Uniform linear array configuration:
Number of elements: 32
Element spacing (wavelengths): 0.25
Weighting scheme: hamming
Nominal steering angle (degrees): -60
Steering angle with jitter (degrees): -58.682
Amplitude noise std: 0.05
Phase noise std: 0.05

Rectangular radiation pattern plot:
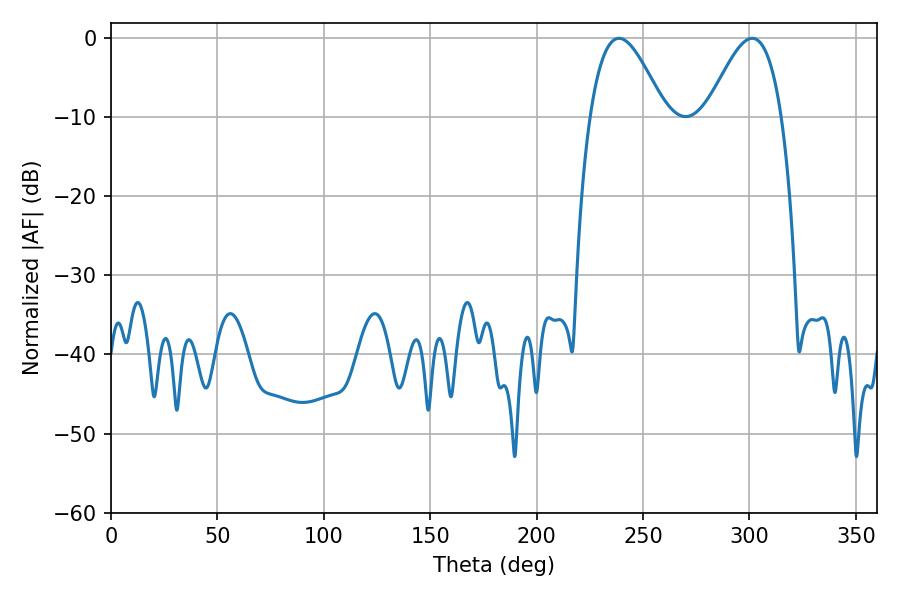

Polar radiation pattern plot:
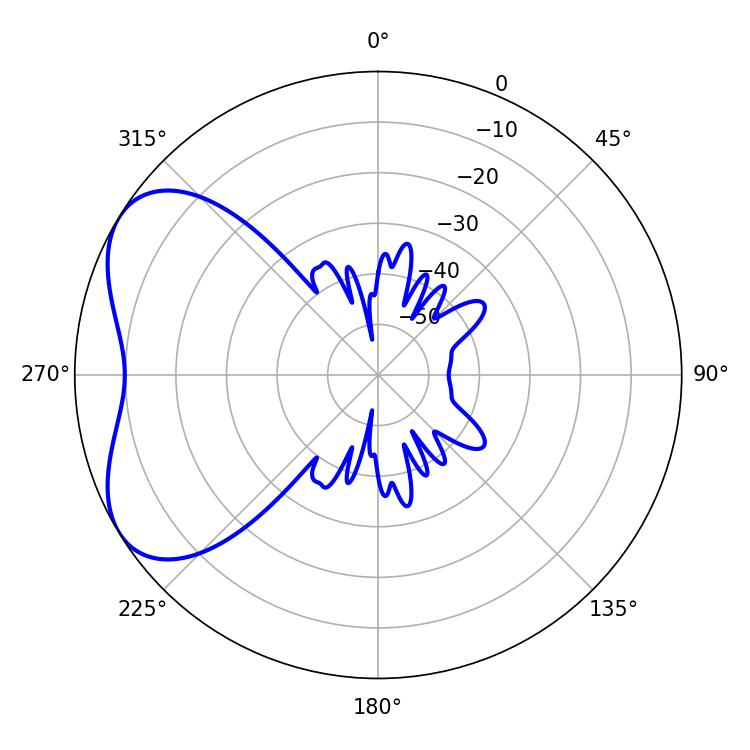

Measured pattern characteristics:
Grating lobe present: FALSE
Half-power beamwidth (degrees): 18.9
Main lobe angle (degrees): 238.68